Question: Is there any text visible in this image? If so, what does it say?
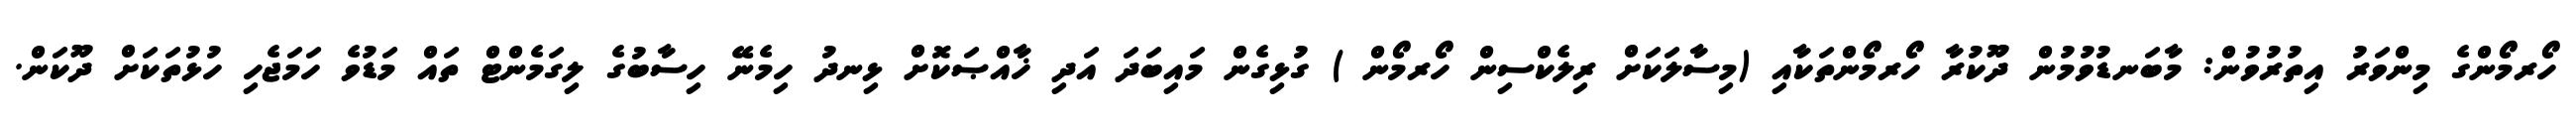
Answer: ހޯރމޯންގެ މިންވަރު އިތުރުވުން: މާބަނޑުވުމުން ދޫކުރާ ހޯރމޯންތަކާއި (މިސާލަކަށް ރިލެކްސިން ހޯރމޯން ) ގުޅިގެން މައިބަދަ އަދި ޚާއްޞަކޮށް ޅިނދު ހިމެނޭ ހިސާބުގެ ލިގަމެންޓް ތައް މަޑުވެ ހަމަޖެހި ހުޅުތަކަށް ދޫކަން.